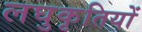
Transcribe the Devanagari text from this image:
लघुकृतियों